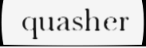
quasher